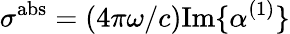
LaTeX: \sigma^{\mathrm{abs}}=(4\pi\omega/c)\mathrm{Im}\{ \alpha^{(1)}\}